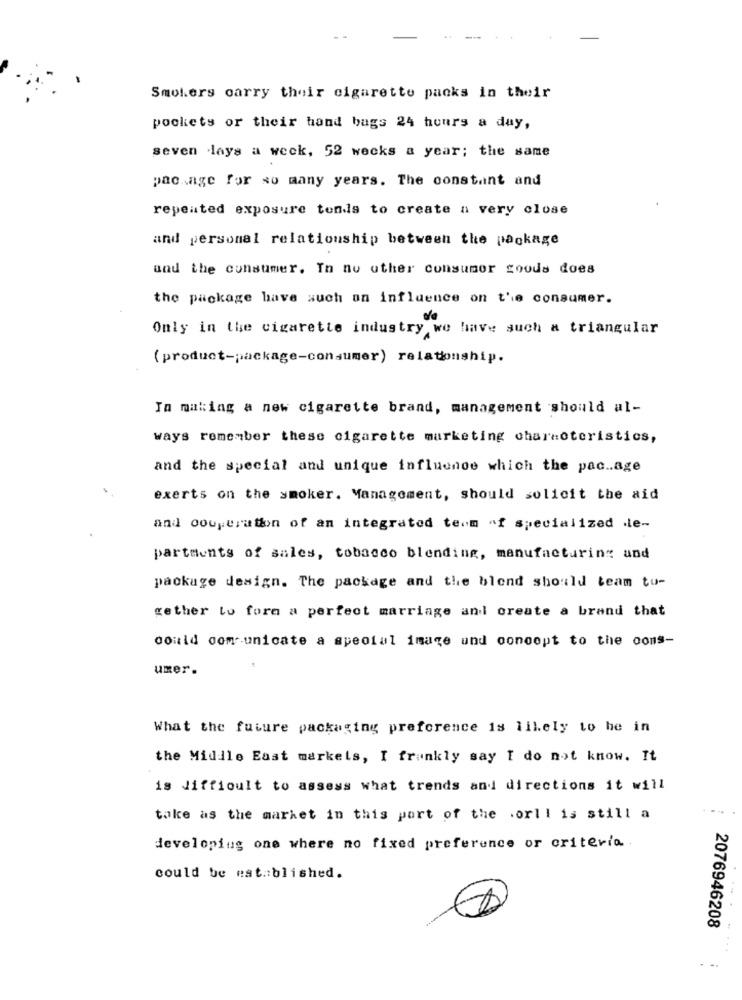
Smokers carry their cigarette packs in their
pockets or their hand bags 24 hours a day,
seven days a week, 52 wecks a year; the same
package for so many years. The constant and
repeated exposure tends to create a very close
and personal relationship between the package
and the consumer. In no other consumer goods does
the package have such an influence on the consumer.
Only in the cigarette industry we have such a triangular
(product-package-consumer) relationship.
In making a new cigarette brand, management should al-
ways remember these cigarette marketing characteristics,
and the special and unique influence which the pac .. age
exerts on the smoker. Management, should solicit the aid
and couperation of an integrated term of specialized le-
partments of sales, tobacco blending, manufacturing and
package design. The package and the blend should team to-
gether to fora a perfect marriage and create a brand that
could comunicate a special image und conoopt to the oons-
umer.
What the future packaging preference is likely to he in
the Middle East markets, I frankly say I do not know. It
is difficult to assess what trends and directions it will
take as the market in this port of the orll is still a
developing one where no fixed preference or criteria.
could be established.
2076946208
. ..